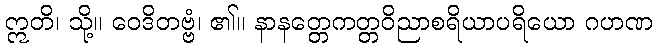
ဣတိ၊ သို့။ ဝေဒိတဗ္ဗံ၊ ၏။ နာနတ္တေကတ္တဝိညာစရိယာပရိယော ဂဟဏ